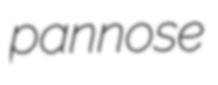
pannose